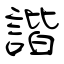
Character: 諧